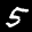
Label: 5